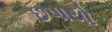
છપાયો